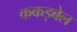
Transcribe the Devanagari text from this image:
ककड़बेल